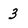
Character: 3